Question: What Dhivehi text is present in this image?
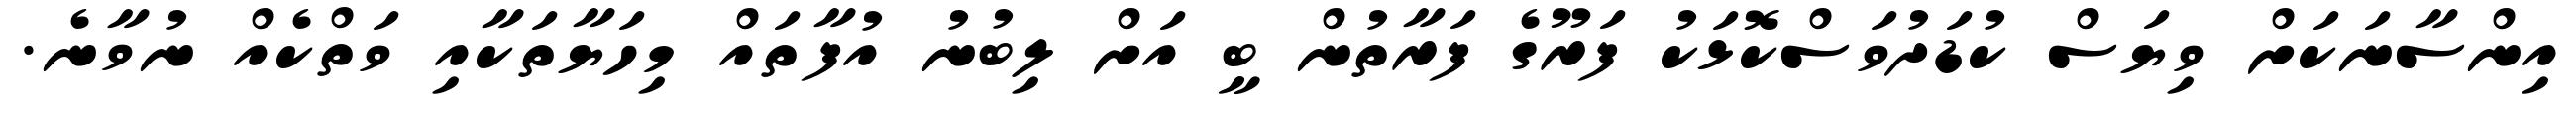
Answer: އިންސާނަކަށް ވިޔަސް ކުޑަދުވަސްކޮޅަކު ފަރޫގެ ފަރާތުން ބީ އަށް ލިބުނު އުފާތައް މިހަޔާތަކާއި ވަތްކެއް ނުވާނެ.